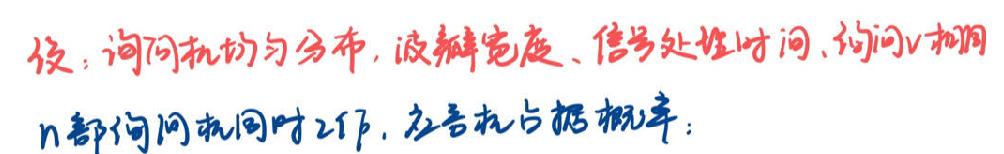
设：询问机均匀分布，波瓣宽度、信号处理时间、询问v相邻
n部询问机同时工作，应答机占据概率：